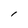
Character: l